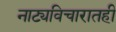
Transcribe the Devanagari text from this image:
नाट्यविचारातही